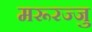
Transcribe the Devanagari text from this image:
मरूरज्जु